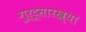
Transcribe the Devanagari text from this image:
गुर्टूसारख्या